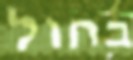
בחול